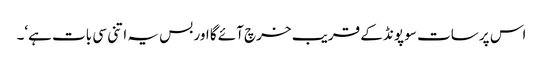
اس پر سات سو پونڈ کے قریب خرچ آئے گا اور بس یہ اتنی سی بات ہے‘۔